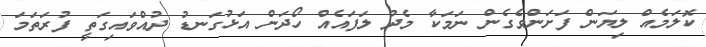
ކޮލަމެއް ލިޔަން ފަށަންވެގެން ނަމަކާ މެދު ލަފައެއް ހޯދަން އަޅުގަނޑު ދުއްވައިގަތީ ފުރަތަމަ